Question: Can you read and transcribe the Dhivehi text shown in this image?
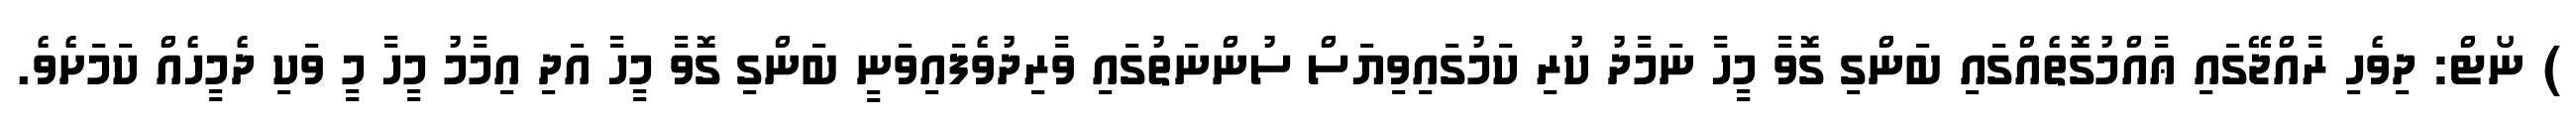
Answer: ) ނޯޓް: ދިވެހި ރާއްޖޭގައި ޢާއްމުގޮތެއްގައި ބަންގި ގޮވާ މީހާ ނަމާދު ކުރި ކަމުގައިވިޔަސް ސުންނަތުގައި ވާރިދުވެފައިވަނީ ބަންގި ގޮވާ މީހާ އަދި އިމާމު މީހާ މީ ވަކި ދެމީހެއް ކަމަށެވެ.